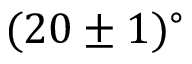
( 2 0 \pm 1 ) ^ { \circ }